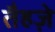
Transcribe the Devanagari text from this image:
तैहज़े